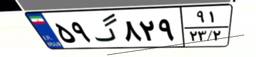
۵۹گ۸۲۹۹۱